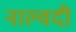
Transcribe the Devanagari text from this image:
नाल्वदी